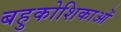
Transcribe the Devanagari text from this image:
बहुकोशिकाओं